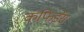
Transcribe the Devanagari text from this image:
कंफिडेंस